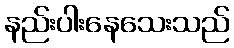
နည်းပါးနေသေးသည်